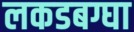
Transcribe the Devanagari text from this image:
लकडबग्घा